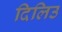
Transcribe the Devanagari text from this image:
दिलिउ